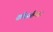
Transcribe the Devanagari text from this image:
कोळंबेच्या